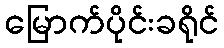
မြောက်ပိုင်းခရိုင်